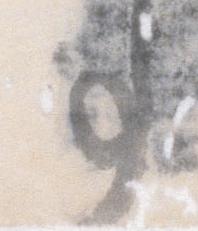
事